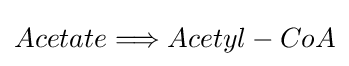
Acetate\Longrightarrow Acetyl-CoA